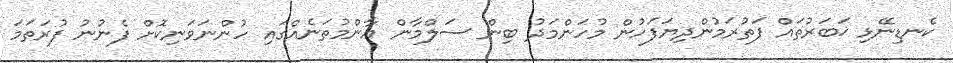
ކެނޑިނޭޅި ޚަބަރުތައް ފަތުރަމުންދިޔަފަހުން މުހަންމަދު ބިން ސަލްމާން އާންމުތަނެއްގައި ހުންނަވަނިކޮށް ފެނުނު ފުރަތަމަ